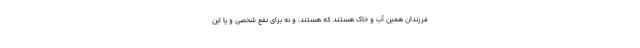
فرزندان همین آب و خاک هستند که هستند، و نه برای نفع شخصی و یا این‌